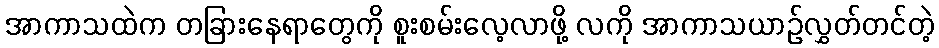
အာကာသထဲက တခြားနေရာတွေကို စူးစမ်းလေ့လာဖို့ လကို အာကာသယာဉ်လွှတ်တင်တဲ့